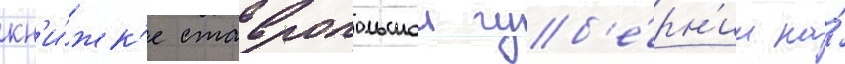
кн'и́жк'е ставропольскои губ'е́рн'ии на́